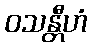
ဝသန္တီဟံ